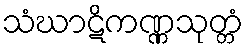
သံဃာဋိကဏ္ဏသုတ္တံ